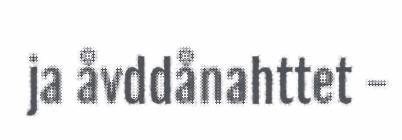
ja åvddånahttet -